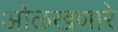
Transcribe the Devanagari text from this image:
ओळखणारे